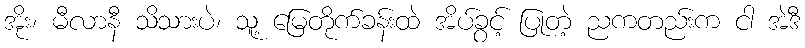
အိုး၊ မီလာနီ သိသားပဲ၊ သူ့ မြေတိုက်ခန်းထဲ အိပ်ခွင့် ပြုတဲ့ ညကတည်းက ငါ အဲဒီ